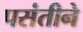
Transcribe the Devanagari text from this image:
पसंतीने